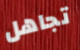
تجاهل